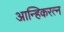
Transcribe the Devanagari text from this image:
आन्हिकरत्न